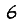
Digit: 6